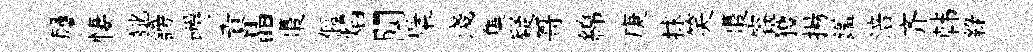
屨悽齔謗嚼責晶棗傴焰闃檗淺集疑哥綿庚捄笑棗容獲揚鑑涪齐韩緑